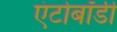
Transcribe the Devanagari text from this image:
एंटोबॉडी